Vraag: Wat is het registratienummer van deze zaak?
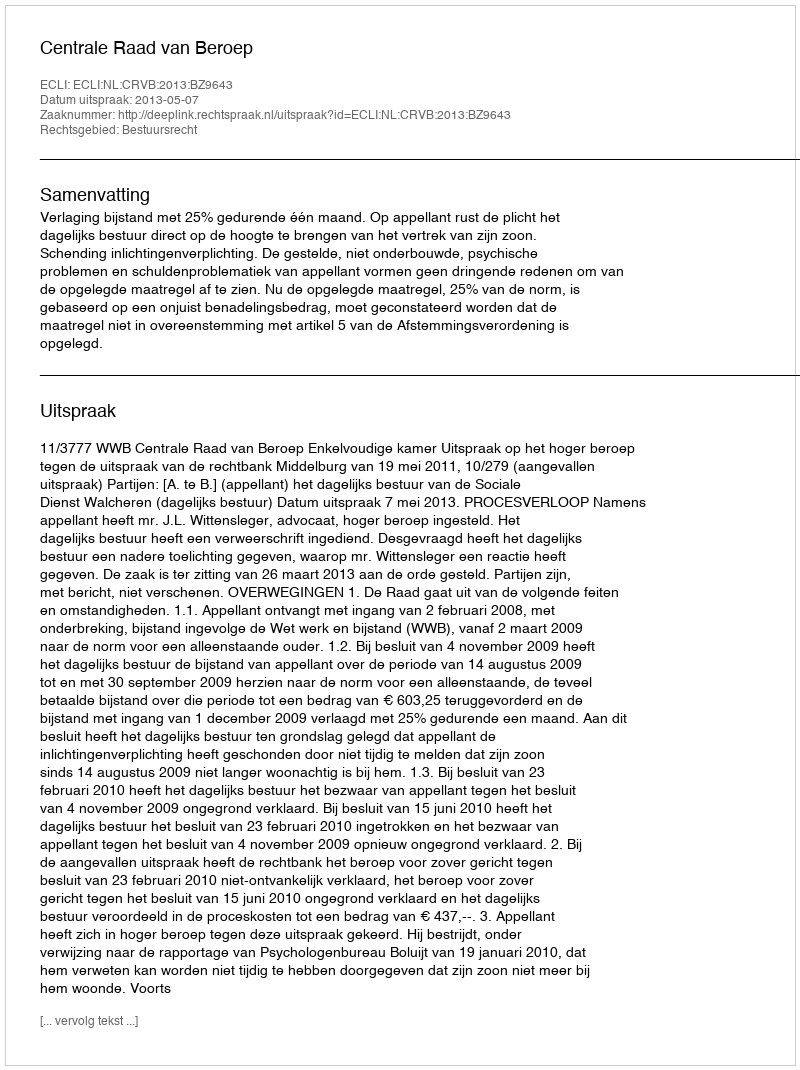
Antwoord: http://deeplink.rechtspraak.nl/uitspraak?id=ECLI:NL:CRVB:2013:BZ9643